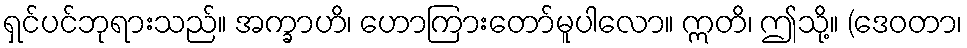
ရှင်ပင်ဘုရားသည်။ အက္ခာဟိ၊ ဟောကြားတော်မူပါလော။ ဣတိ၊ ဤသို့။ (ဒေဝတာ၊